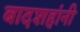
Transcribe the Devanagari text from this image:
बादशहांनी